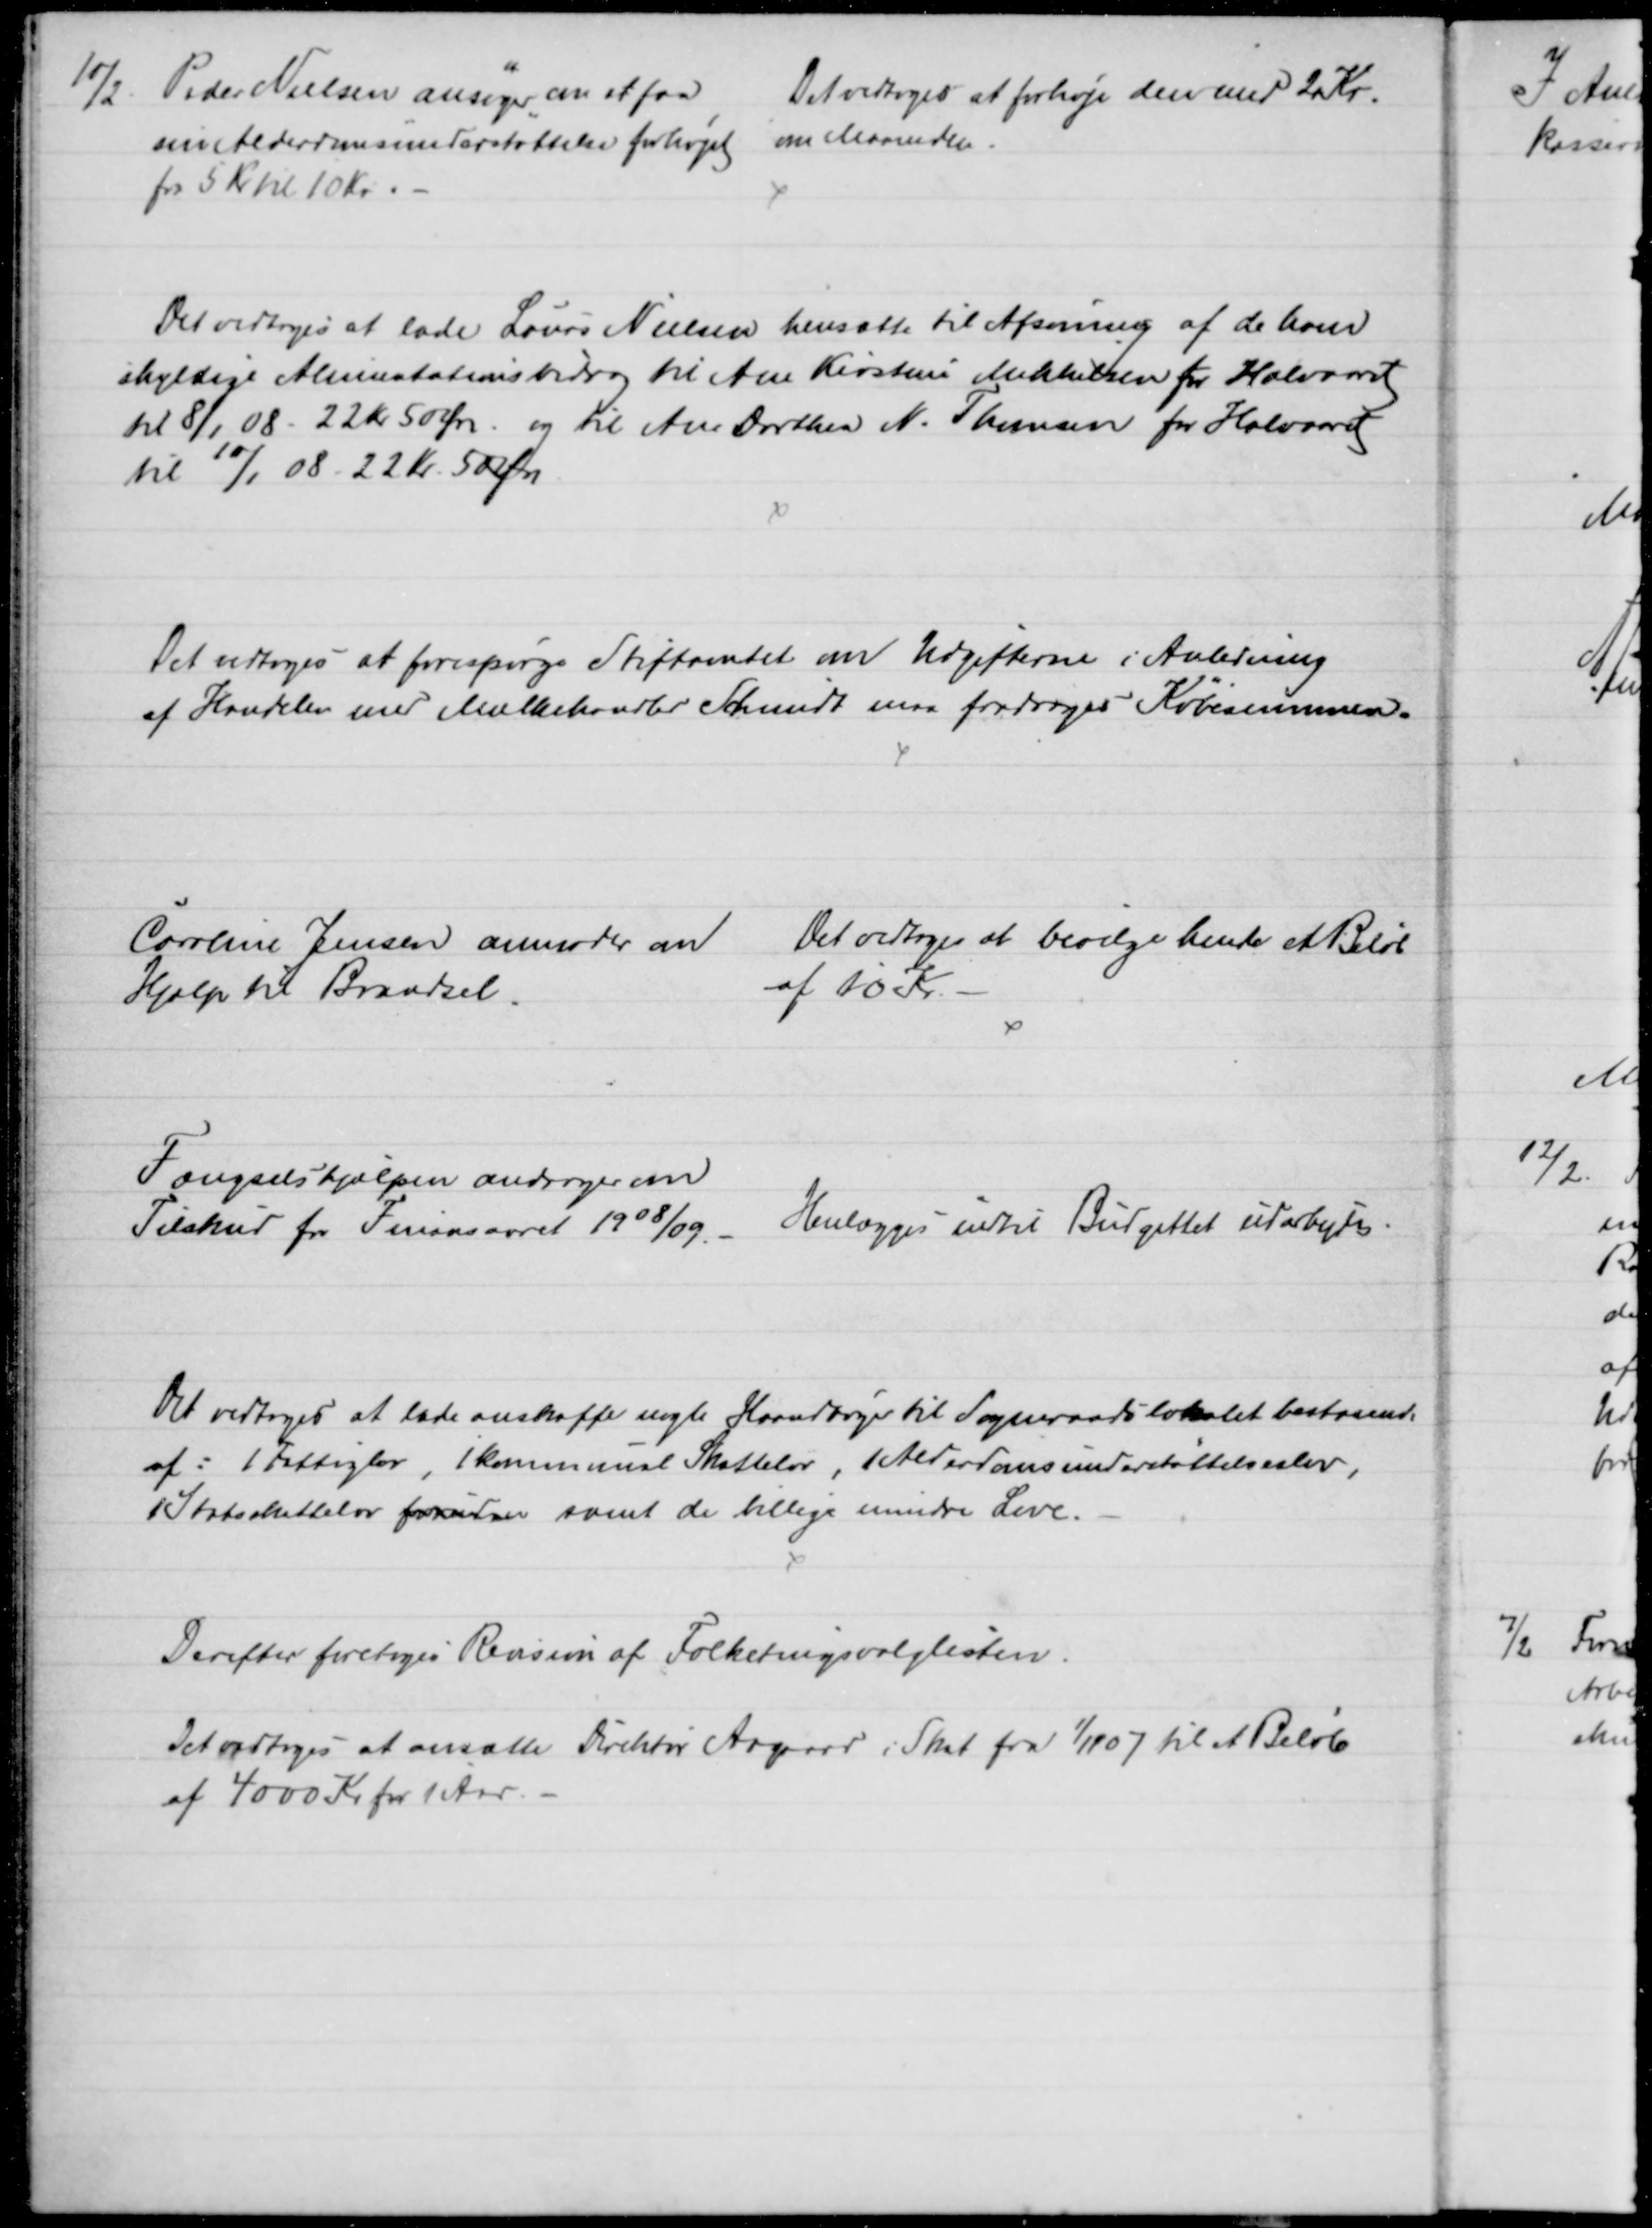
Transskription:
10/2. Peder Nielsen ansøger om at faa 
sin Alderdomsunderstøttelse forhøjet 
fra 5 Kr til 10 Kr.
Det vedtoges at forhøje den med 20 Kr.
om Maaneden.
Det vedtoges at lade Laurs Nielsen hensætte til Afsoning af de ham
skyldige Alimentationsbidrag til Ane Kirstine Mikkelsen for Halvaaret
kl 8/1 08 22 kr 50 Øre og til Ane Dorthea N. Thomsen for Halvaaret
til 10/1 08 22 Kr. 50 Øre.
Det vedtoges at forespørge Stiftamtet om Udgifterne i Anledning
af Handelen med Mælkehandler Schmidt maa fradrages Købesummen.
Caroline Jensen anmoder om
Hjælp til Brændsel.
Det vedtoges at bevilge hende et Beløb
af 10 Kr.
Fængselshjælpen andrager om
Tilskud fra Finansaaret 1908/09.
Henlægges indtil Budgettet udarbejdes.
Det vedtoges at lade anskaffe nogle Haandbøger til Sogneraadslokalet bestaaende
af: 1 Fattiglov, 1 kommunal Skattelov, 1 Alderdomsunderstøttelseslov,
1 Statsskattelov foruden samt de billige mindre Love.
Derefter foretoges Revision af Folketingsvalglisten.
Det vedtoges at ansætte Direktør Aagaard i Skat fra 1/11 07 til et Beløb
af 4000 Kr for 1 Aar.